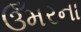
ઉઁમરના